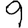
Digit: 9